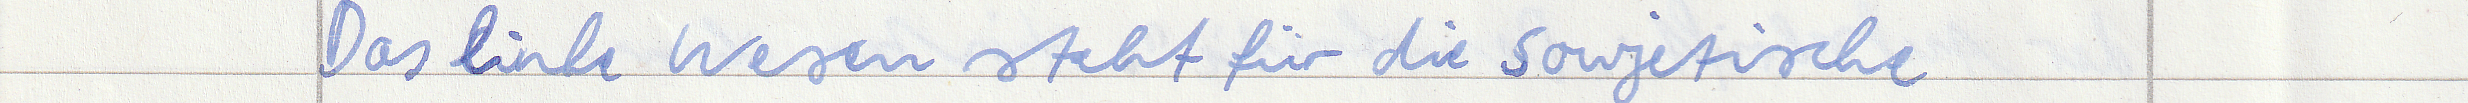
Das linke Wesen steht für die sowjetische